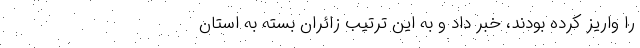
را واریز کرده بودند، خبر داد و به این ترتیب زائران بسته به استان